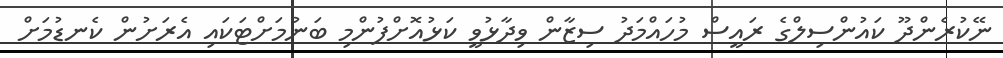
ނޭކުރެންދޫ ކައުންސިލްގެ ރައީސް މުހައްމަދު ސިޒާން ވިދާޅުވީ ކަޅުއޮށްފުންމި ބަނުމަށްޓަކައި އެރަށުން ކެނޑުމަށް